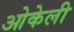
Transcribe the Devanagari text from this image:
ओकेली